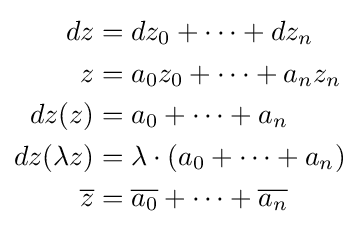
{\begin{aligned}dz&=dz_{0}+\cdots +dz_{n}\\z&=a_{0}z_{0}+\cdots +a_{n}z_{n}\\dz(z)&=a_{0}+\cdots +a_{n}\\dz(\lambda z)&=\lambda \cdot (a_{0}+\cdots +a_{n})\\{\overline {z}}&={\overline {a_{0}}}+\cdots +{\overline {a_{n}}}\end{aligned}}